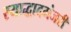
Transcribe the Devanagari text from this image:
स्याद्धादमंजरी